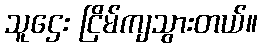
သူဌေး ငြိမ်ကျသွားတယ်။